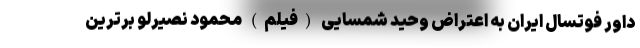
داور فوتسال ایران به اعتراض وحید شمسایی (فیلم) محمود نصیرلو برترین